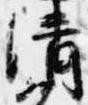
清